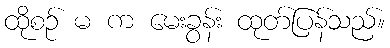
ထိုစဉ် မ က မေးခွန်း ထုတ်ပြန်သည်။